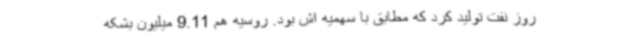
روز نفت تولید کرد که مطابق با سهمیه اش بود. روسیه هم 9.11 میلیون بشکه